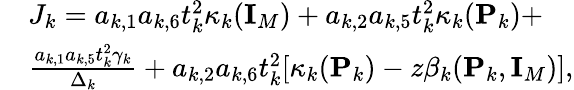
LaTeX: \begin{array}{rl}&{J_{k}=a_{k,1}a_{k,6}t_{k}^{2}\kappa_{k}({\mathbf{I}}_{M})+a_{k,2}a_{k,5}t_{k}^{2}\kappa_{k}({\mathbf{P}}_{k})+}\\ &{\frac{a_{k,1}a_{k,5}t_{k}^{2}\gamma_{k}}{\Delta_{k}}+a_{k,2}a_{k,6}t_{k}^{2}[\kappa_{k}({\mathbf{P}}_{k})-z\beta_{k}({\mathbf{P}}_{k},{\mathbf{I}}_{M})],}\end{array}